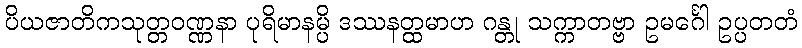
ပိယဇာတိကသုတ္တဝဏ္ဏနာ ပုရိမာနမ္ပိ ဒဿနတ္ထမာဟ ဂန္တု သက္ကာတဗ္ဗာ ဥမင်္ဂေါ ဥပ္ပတတံ